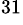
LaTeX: ^{31}